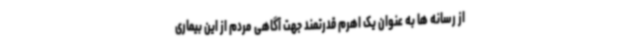
از رسانه ها به عنوان یک اهرم قدرتمند جهت آگاهی مردم از این بیماری